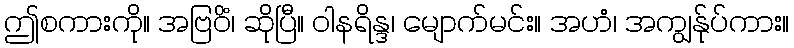
ဤစကားကို။ အဗြဝိံ၊ ဆိုပြီ။ ဝါနရိန္ဒ၊ မျောက်မင်း။ အဟံ၊ အကျွန်ုပ်ကား။